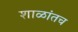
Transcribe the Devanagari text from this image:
शाळांतच